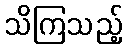
သိကြသည့်